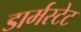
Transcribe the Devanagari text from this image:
डार्मस्टेट